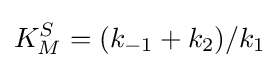
K_{M}^{S}=(k_{-1}+k_{2})/k_{1}